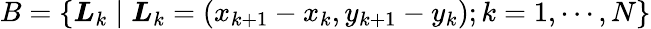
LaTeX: B=\{ \boldsymbol{L}_{k}\mid\boldsymbol{L}_{k}=(x_{k+1}-x_{k},y_{k+1}-y_{k});k=1,\cdots,N\}